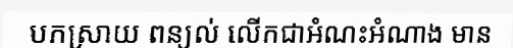
បកស្រាយ ពន្យល់ លើកជាអំណះអំណាង មាន